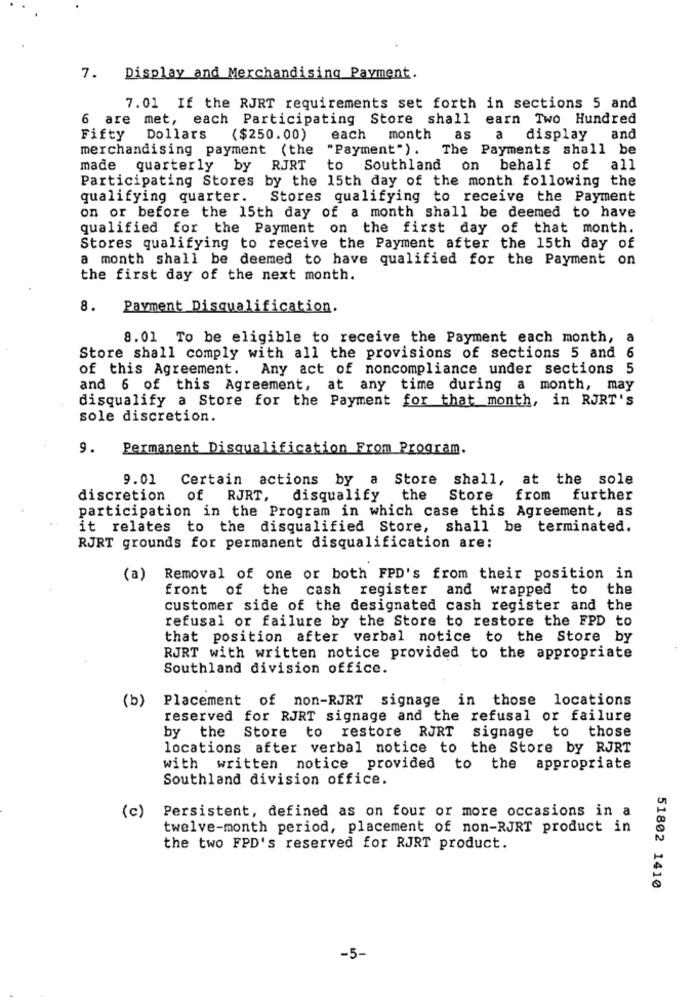
7. Display and Merchandising Payment.
7.01 If the RJRT requirements set forth in sections 5 and
6 are met, each Participating Store shall earn Two Hundred
Fifty
Dollars
($250.00)
each
month
as a
display and
merchandising payment (the
"Payment ") .
The Payments shall be
made quarterly by RJRT
to Southland on behalf of all
Participating Stores by the 15th day of the month following the
qualifying quarter. Stores qualifying to receive the Payment
on or before the 15th day of a month shall be deemed to have
qualified for the Payment on the first day of that month.
Stores qualifying to receive the Payment after the 15th day of
a month shall be deemed to have qualified for the Payment on
the first day of the next month.
8.
Payment Disqualification.
8.01 To be eligible to receive the Payment each month,a
Store shall comply with all the provisions of sections 5 and 6
of this Agreement. Any act of noncompliance under sections 5
and 6 of this Agreement, at any time during a month, may
disqualify a Store for the Payment for that month, in RJRT's
sole discretion.
9.
Permanent Disqualification From Program.
9.01 Certain actions by a Store shall, at the sole
discretion of RJRT, disqualify
the
Store
from further
participation in the Program in which case this Agreement, as
it relates to the disqualified Store, shall be terminated.
RJRT grounds for permanent disqualification are:
(a) Removal of one or both FPD's from their position in
front of the cash register and wrapped to the
customer side of the designated cash register and the
refusal or failure by the Store to restore the FPD to
that position after verbal notice to the Store by
RJRT with written notice provided to the appropriate
Southland division office.
(b)
Placement of non-RJRT signage in those locations
reserved for RJRT signage and the refusal or failure
by the Store to restore RJRT signage to those
locations after verbal notice to the Store by RJRT
with written notice provided to the appropriate
Southland division office.
Persistent, defined as on four or more occasions in a
(c)
twelve-month period, placement of non-RJRT product in
the two FPD's reserved for RJRT product.
51802 1410
-5-